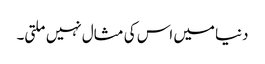
دنیا میں اس کی مثال نہیں ملتی۔